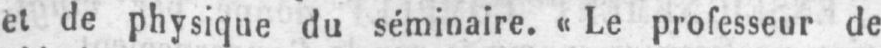
et de physique du séminaire. «Le professeur de